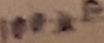
Text: 100µF